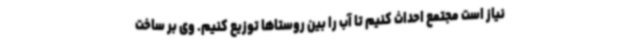
نیاز است مجتمع احداث کنیم تا آب را بین روستاها توزیع کنیم. وی بر ساخت